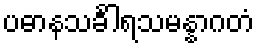
ပဓာနသင်္ခါရသမန္နာဂတံ